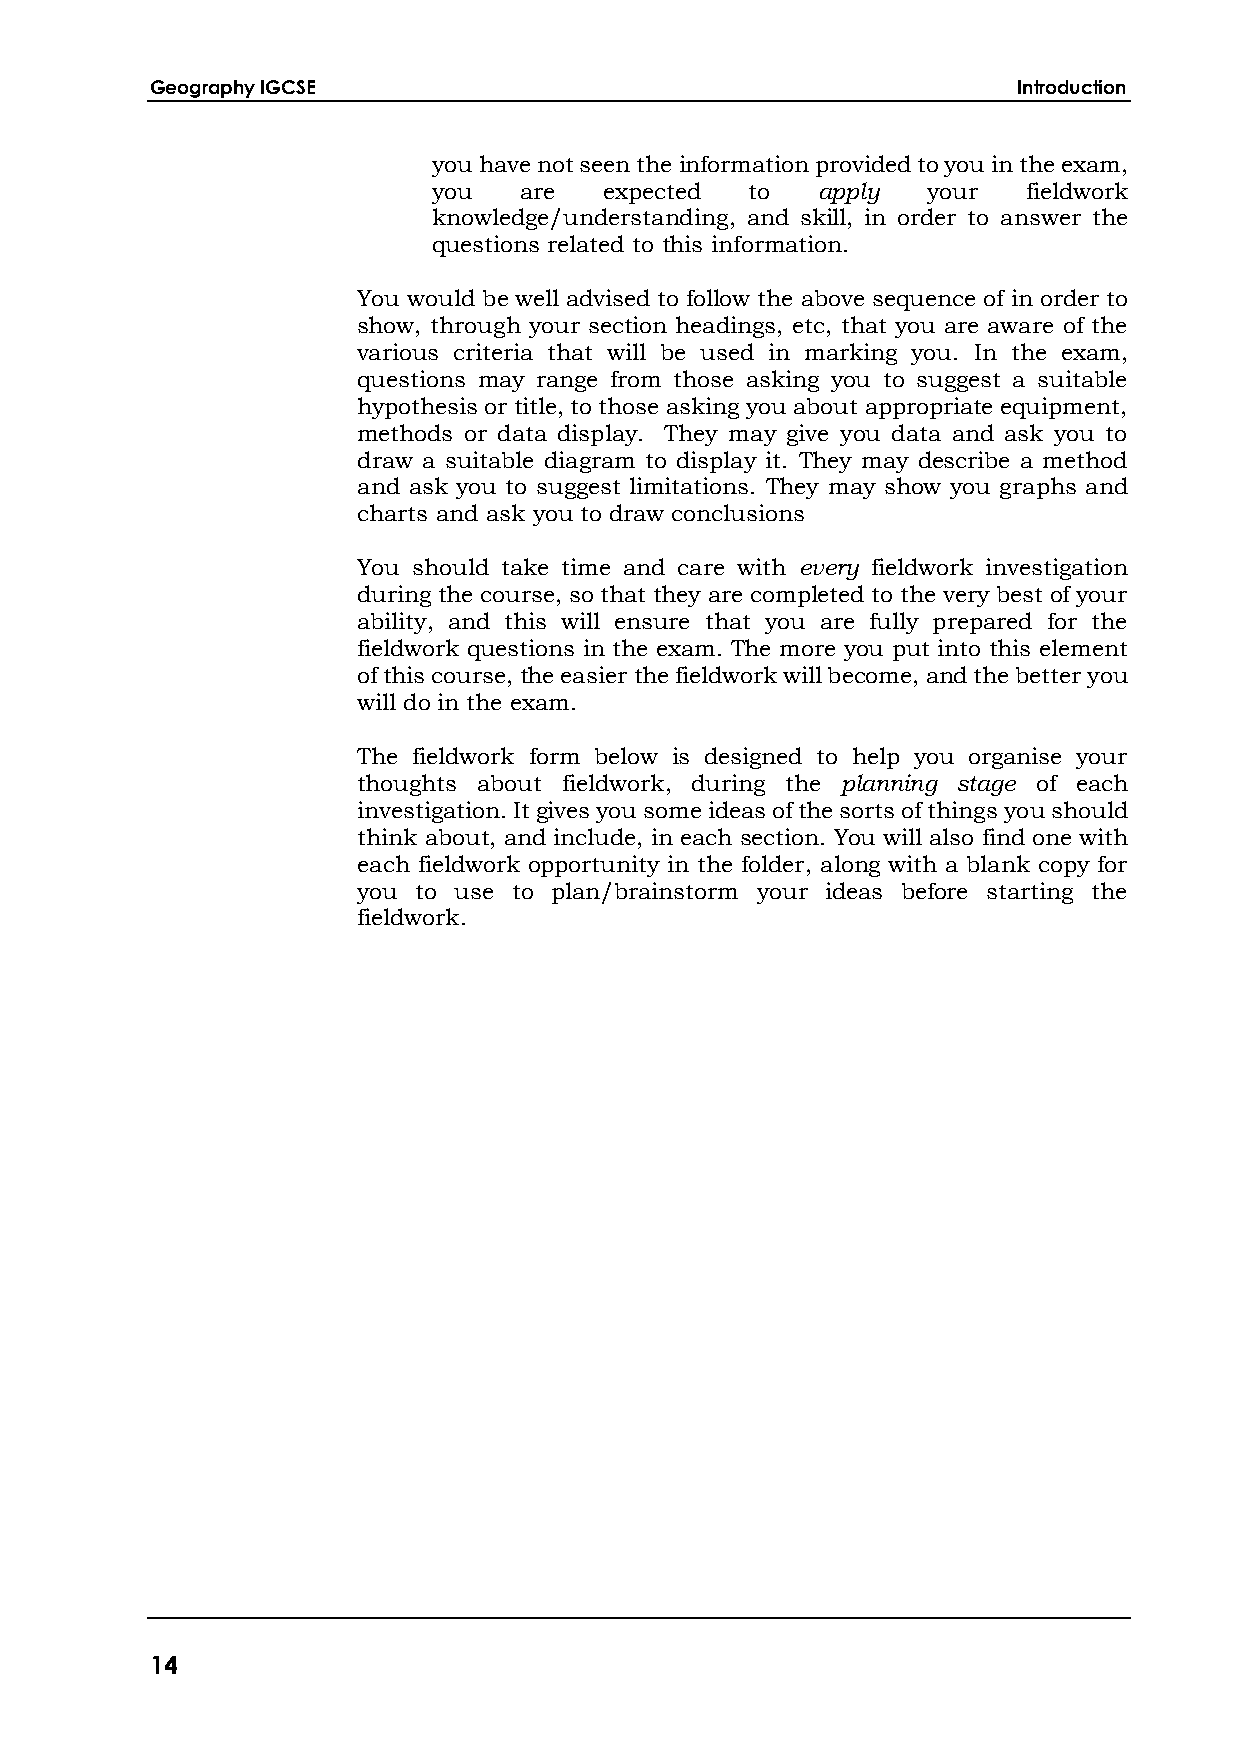
Geography IGCSE                                          Introduction
 you have not seen the information provided to you in the exam,
 you  are   expected  to  apply  your   fieldwork
 knowledge/understanding, and skill, in order to answer the
 questions related to this information.
 You would be well advised to follow the above sequence of in order to
 show, through your section headings, etc, that you are aware of the
 various criteria that will be used in marking you. In the exam,
 questions may range from those asking you to suggest a suitable
 hypothesis or title, to those asking you about appropriate equipment,
 methods or data display. They may give you data and ask you to
 draw a suitable diagram to display it. They may describe a method
 and ask you to suggest limitations. They may show you graphs and
 charts and ask you to draw conclusions
 You should take time and care with every fieldwork investigation
 during the course, so that they are completed to the very best of your
 ability, and this will ensure that you are fully prepared for the
 fieldwork questions in the exam. The more you put into this element
 of this course, the easier the fieldwork will become, and the better you
 will do in the exam.
 The fieldwork form below is designed to help you organise your
 thoughts about fieldwork, during the planning stage of each
 investigation. It gives you some ideas of the sorts of things you should
 think about, and include, in each section. You will also find one with
 each fieldwork opportunity in the folder, along with a blank copy for
 you to use to plan/brainstorm your ideas before starting the
 fieldwork.
 14